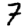
Digit: 7